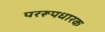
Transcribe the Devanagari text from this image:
पररूपधारक